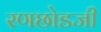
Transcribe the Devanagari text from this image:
रणछोडजी